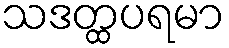
သဒတ္ထပရမာ